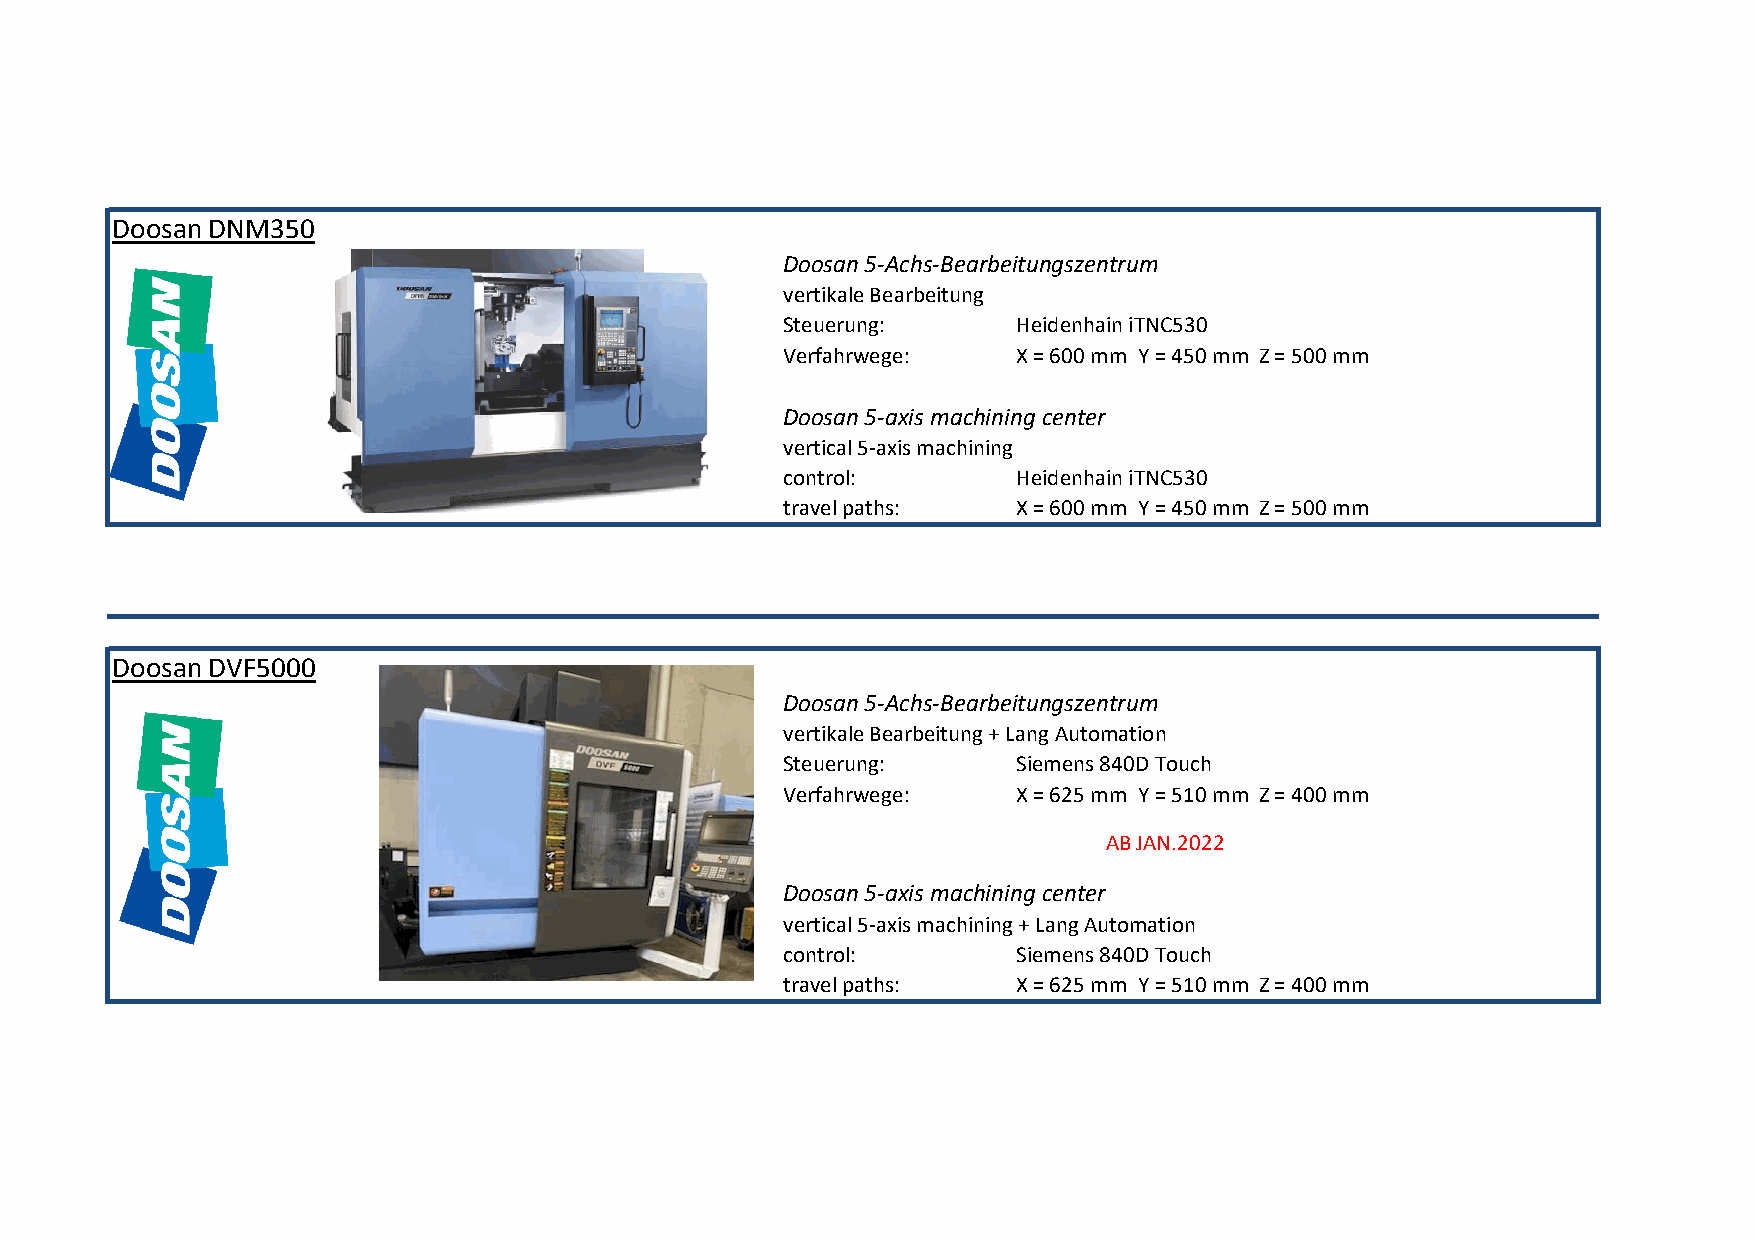
Doosan DNM350
 Doosan 5-Achs-Bearbeitungszentrum
 vertikale Bearbeitung
 Steuerung:     Heidenhain iTNC530
 Verfahrwege:   X = 600 mm Y = 450 mm Z = 500 mm
 Doosan 5-axis machining center
 vertical 5-axis machining
 control:       Heidenhain iTNC530
 travel paths:  X = 600 mm Y = 450 mm Z = 500 mm
 Doosan DVF5000
 Doosan 5-Achs-Bearbeitungszentrum
 vertikale Bearbeitung + Lang Automation
 Steuerung:     Siemens 840D Touch
 Verfahrwege:   X = 625 mm Y = 510 mm Z = 400 mm
 AB JAN.2022
 Doosan 5-axis machining center
 vertical 5-axis machining + Lang Automation
 control:       Siemens 840D Touch
 travel paths:  X = 625 mm Y = 510 mm Z = 400 mm